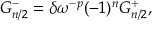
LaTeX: G _ { n / 2 } ^ { - } = \delta \omega ^ { - p } ( - 1 ) ^ { n } G _ { n / 2 } ^ { + } ,